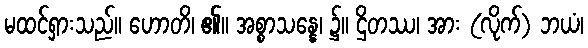
မထင်ရှားသည်။ ဟောတိ၊ ၏။ အစ္စာသန္နေ၊ ၌။ ဌိတဿ၊ အား (လိုက်) ဘယံ၊